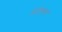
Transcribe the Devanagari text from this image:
तेतियाम